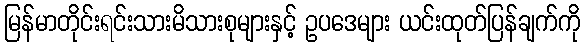
မြန်မာတိုင်းရင်းသားမိသားစုများနှင့် ဥပဒေများ ယင်းထုတ်ပြန်ချက်ကို